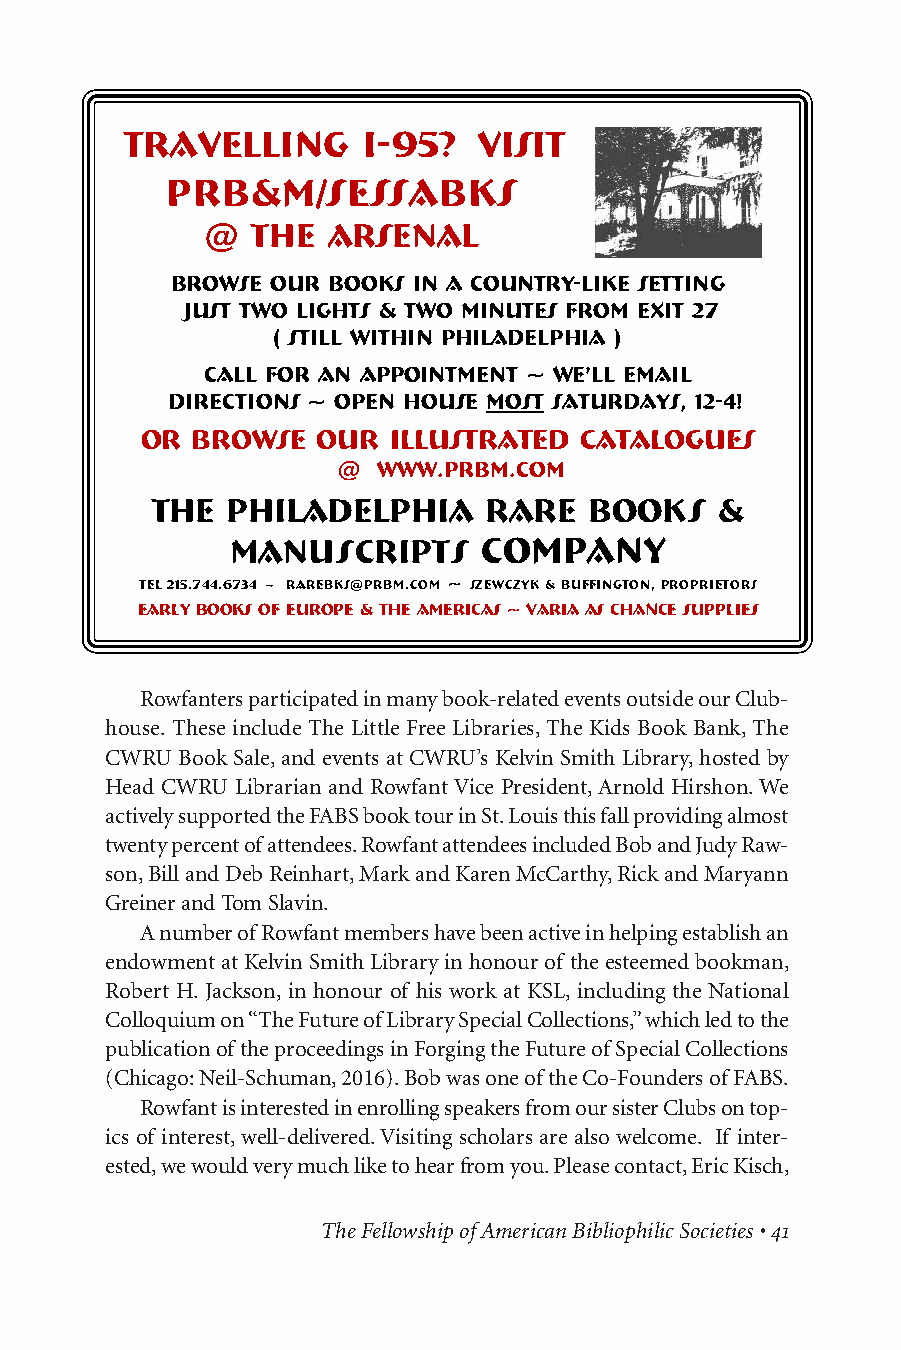
TRAVELLING      I-95?   VISIT
 PRB&M/SESSABKS
 @  THE  ARSENAL
 browse our books in a country-like setting
 just TWO LIGHTS & Two MINUTES From Exit 27
 ( Still Within Philadelphia )
 call for an appointment ~ we’ll email
 directions ~ open house most saturdays, 12-4!
 or  browse  our  illustrated catalogues
 @  www.prbm.com
 the  philadelphia     rare   books   &
 manuscripts      COMPANY
 TEL 215.744.6734 ~ rarebks@prbm.com ~ Szewczyk & buffington, proprietors
 early books of europe & the americas ~ VARIA as chance supplIES
 Rowfanters participated in many book-related events outside our Club-
 house. These include The Little Free Libraries, The Kids Book Bank, The
 C WRU Bo ok Sale, and events at CWRU’s Kelvin Smith Library, hosted by
 Head CWRU Librarian and Rowfant Vice President, Arnold Hirshon. We
 actively supported the FABS book tour in St. Louis this fall providing almost
 twenty percent of attendees. Rowfant attendees included Bob and Judy Raw-
 son, Bill and Deb Reinhart, Mark and Karen McCarthy, Rick and Maryann
 Greiner and Tom Slavin.
 A number of Rowfant members have been active in helping establish an
 endowment at Kelvin Smith Library in honour of the esteemed bookman,
 Robert H. Jackson, in honour of his work at KSL, including the National
 Colloquium on “The Future of Library Special Collections,” which led to the
 publication of the proceedings in Forging the Future of Special Collections
 (Chicago: Neil-Schuman, 2016). Bob was one of the Co-Founders of FABS.
 Rowfant is interested in enrolling speakers from our sister Clubs on top-
 ics of interest, well-delivered. Visiting scholars are also welcome. If inter-
 ested, we would very much like to hear from you. Please contact, Eric Kisch,
 The Fellowship of American Bibliophilic Societies • 